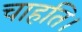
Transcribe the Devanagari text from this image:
चाहति।